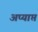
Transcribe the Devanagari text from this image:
अप्यार्प्त